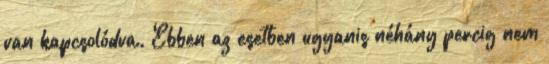
van kapcsolódva. Ebben az esetben ugyanis néhány percig nem